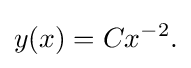
y(x)=Cx^{-2}.\,\!